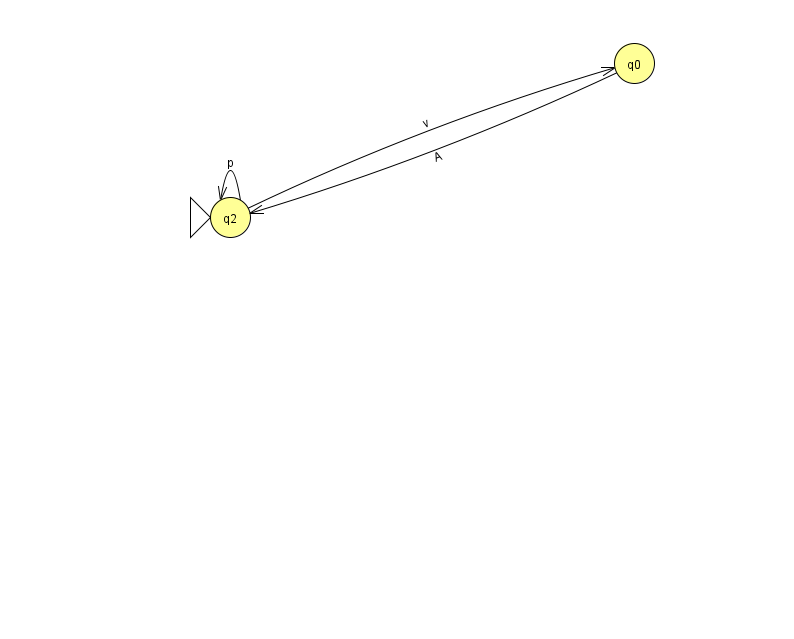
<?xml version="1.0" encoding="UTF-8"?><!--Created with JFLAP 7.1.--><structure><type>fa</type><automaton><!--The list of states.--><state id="0" name="q0"><x>634.0</x><y>50.0</y></state><state id="2" name="q2"><x>230.0</x><y>204.0</y><initial/></state><!--The list of transitions.--><transition><from>2</from><to>2</to><read>p</read></transition><transition><from>2</from><to>0</to><read>v</read></transition><transition><from>0</from><to>2</to><read>A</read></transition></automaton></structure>